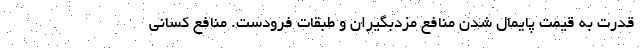
قدرت به قیمت پایمال شدن منافع مزدبگیران و طبقات فرودست. منافع کسانی